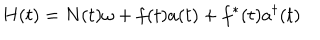
LaTeX: H ( t ) = N ( t ) \omega + f ( t ) a ( t ) + f ^ { * } ( t ) a ^ { \dagger } ( t )